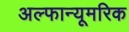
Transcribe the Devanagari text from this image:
अल्फान्यूमरिक